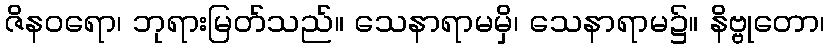
ဇိနဝရော၊ ဘုရားမြတ်သည်။ သေနာရာမမှိ၊ သေနာရာမ၌။ နိဗ္ဗုတော၊